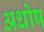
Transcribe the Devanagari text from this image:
अधोष